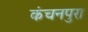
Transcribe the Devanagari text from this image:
कंचनपुरा